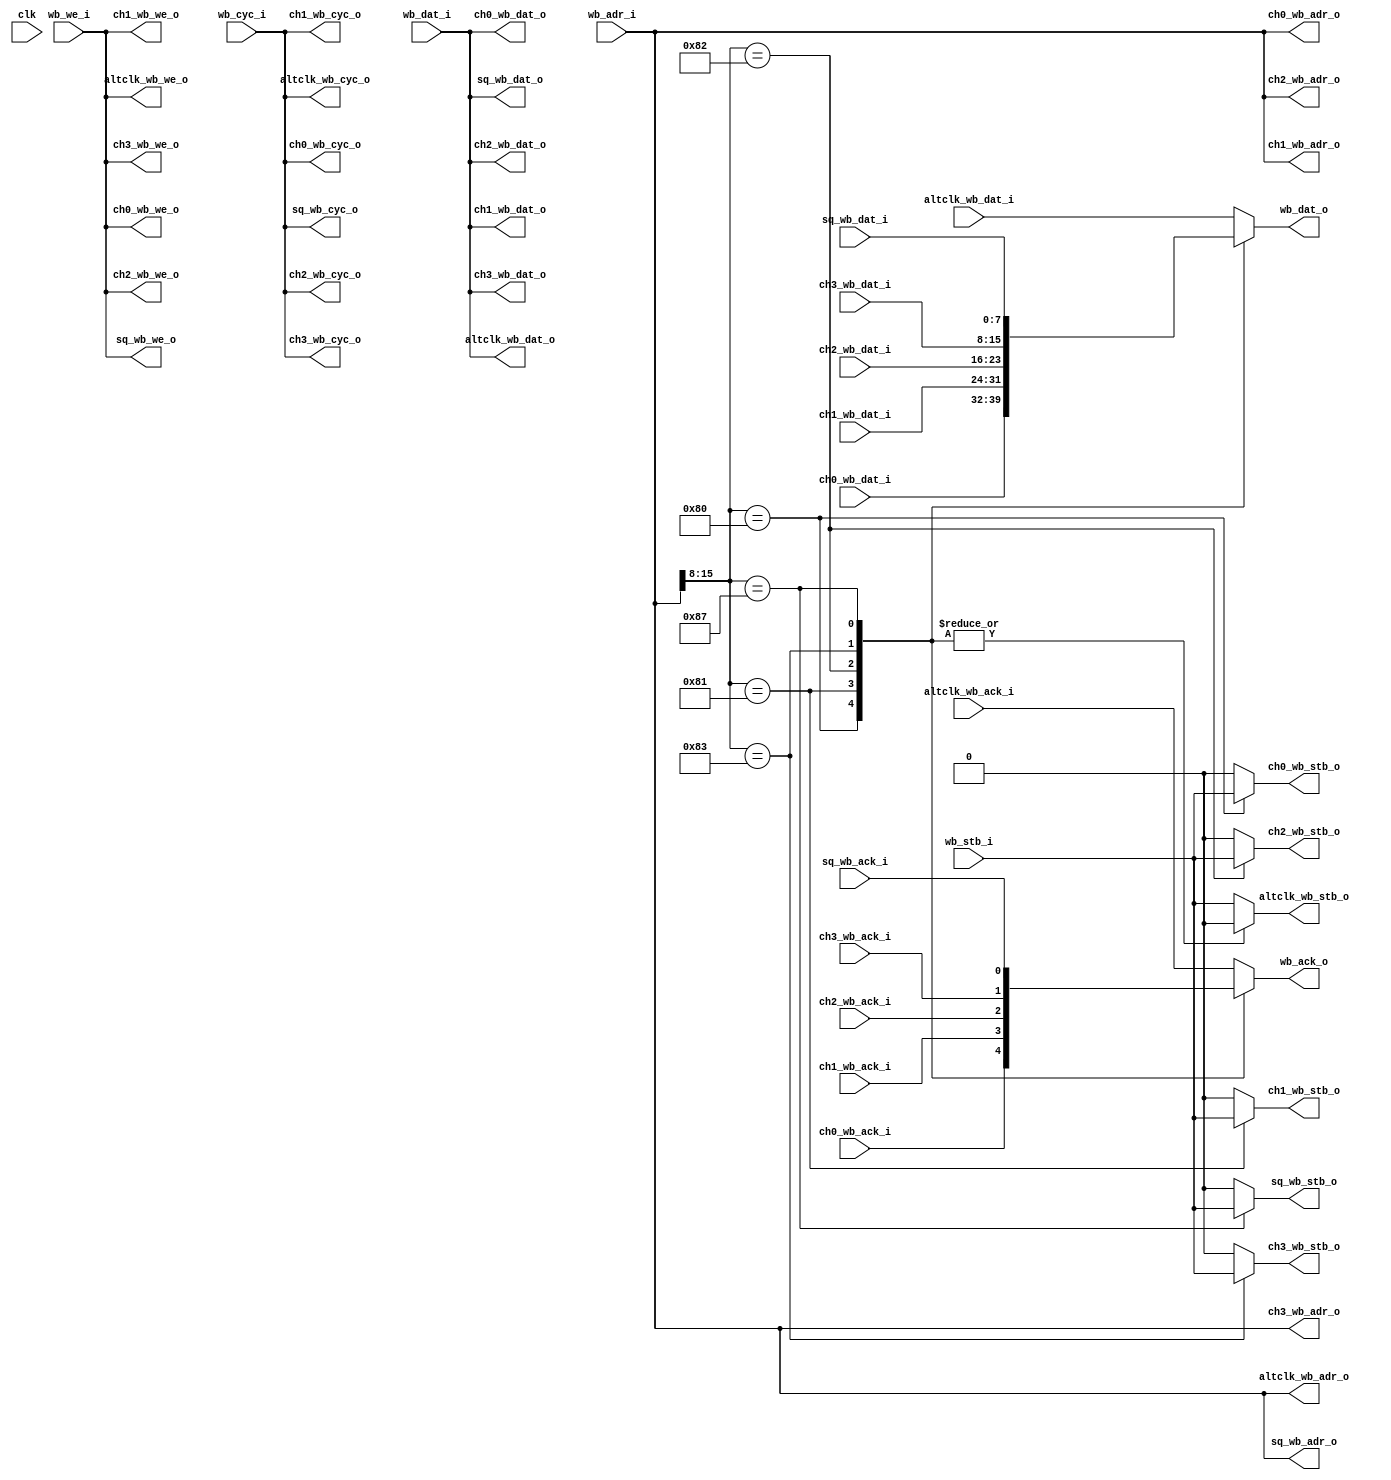
// Wishbone bus dispatch
//
// Copyright (C) 2023  Kevin O'Connor <kevin@koconnor.net>
//
// This file may be distributed under the terms of the GNU GPLv3 license.

module busdispatch (
    input clk,

    // Requester wishbone module
    input wb_stb_i, input wb_cyc_i, input wb_we_i,
    input [15:0] wb_adr_i, input [7:0] wb_dat_i,
    output reg [7:0] wb_dat_o, output reg wb_ack_o,

    // ADC channels
    output reg ch0_wb_stb_o, output ch0_wb_cyc_o, output ch0_wb_we_o,
    output [15:0] ch0_wb_adr_o, output [7:0] ch0_wb_dat_o,
    input [7:0] ch0_wb_dat_i, input ch0_wb_ack_i,

    output reg ch1_wb_stb_o, output ch1_wb_cyc_o, output ch1_wb_we_o,
    output [15:0] ch1_wb_adr_o, output [7:0] ch1_wb_dat_o,
    input [7:0] ch1_wb_dat_i, input ch1_wb_ack_i,

    output reg ch2_wb_stb_o, output ch2_wb_cyc_o, output ch2_wb_we_o,
    output [15:0] ch2_wb_adr_o, output [7:0] ch2_wb_dat_o,
    input [7:0] ch2_wb_dat_i, input ch2_wb_ack_i,

    output reg ch3_wb_stb_o, output ch3_wb_cyc_o, output ch3_wb_we_o,
    output [15:0] ch3_wb_adr_o, output [7:0] ch3_wb_dat_o,
    input [7:0] ch3_wb_dat_i, input ch3_wb_ack_i,

    // Sample queue reading
    output reg sq_wb_stb_o, output sq_wb_cyc_o, output sq_wb_we_o,
    output [15:0] sq_wb_adr_o, output [7:0] sq_wb_dat_o,
    input [7:0] sq_wb_dat_i, input sq_wb_ack_i,

    // Low speed wishbone bus
    output reg altclk_wb_stb_o, output altclk_wb_cyc_o, output altclk_wb_we_o,
    output [15:0] altclk_wb_adr_o, output [7:0] altclk_wb_dat_o,
    input [7:0] altclk_wb_dat_i, input altclk_wb_ack_i
    );

    // ADC channels
    localparam CH0_ADDR = 8'h80;
    assign ch0_wb_cyc_o=wb_cyc_i, ch0_wb_we_o=wb_we_i;
    assign ch0_wb_adr_o=wb_adr_i, ch0_wb_dat_o=wb_dat_i;
    localparam CH1_ADDR = 8'h81;
    assign ch1_wb_cyc_o=wb_cyc_i, ch1_wb_we_o=wb_we_i;
    assign ch1_wb_adr_o=wb_adr_i, ch1_wb_dat_o=wb_dat_i;
    localparam CH2_ADDR = 8'h82;
    assign ch2_wb_cyc_o=wb_cyc_i, ch2_wb_we_o=wb_we_i;
    assign ch2_wb_adr_o=wb_adr_i, ch2_wb_dat_o=wb_dat_i;
    localparam CH3_ADDR = 8'h83;
    assign ch3_wb_cyc_o=wb_cyc_i, ch3_wb_we_o=wb_we_i;
    assign ch3_wb_adr_o=wb_adr_i, ch3_wb_dat_o=wb_dat_i;

    // Sample queue
    localparam SQ_ADDR = 8'h87;
    assign sq_wb_cyc_o=wb_cyc_i, sq_wb_we_o=wb_we_i;
    assign sq_wb_adr_o=wb_adr_i, sq_wb_dat_o=wb_dat_i;

    // Low speed wishbone bus
    assign altclk_wb_cyc_o=wb_cyc_i, altclk_wb_we_o=wb_we_i;
    assign altclk_wb_adr_o=wb_adr_i, altclk_wb_dat_o=wb_dat_i;

    always @(*) begin
        ch0_wb_stb_o = 0;
        ch1_wb_stb_o = 0;
        ch2_wb_stb_o = 0;
        ch3_wb_stb_o = 0;
        sq_wb_stb_o = 0;
        altclk_wb_stb_o = 0;

        case (wb_adr_i[15:8])
        CH0_ADDR: begin
            ch0_wb_stb_o = wb_stb_i;
            wb_dat_o = ch0_wb_dat_i;
            wb_ack_o = ch0_wb_ack_i;
        end
        CH1_ADDR: begin
            ch1_wb_stb_o = wb_stb_i;
            wb_dat_o = ch1_wb_dat_i;
            wb_ack_o = ch1_wb_ack_i;
        end
        CH2_ADDR: begin
            ch2_wb_stb_o = wb_stb_i;
            wb_dat_o = ch2_wb_dat_i;
            wb_ack_o = ch2_wb_ack_i;
        end
        CH3_ADDR: begin
            ch3_wb_stb_o = wb_stb_i;
            wb_dat_o = ch3_wb_dat_i;
            wb_ack_o = ch3_wb_ack_i;
        end
        SQ_ADDR: begin
            sq_wb_stb_o = wb_stb_i;
            wb_dat_o = sq_wb_dat_i;
            wb_ack_o = sq_wb_ack_i;
        end
        default: begin
            altclk_wb_stb_o = wb_stb_i;
            wb_dat_o = altclk_wb_dat_i;
            wb_ack_o = altclk_wb_ack_i;
        end
        endcase
    end

endmodule